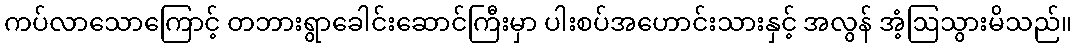
ကပ်လာသောကြောင့် တဘားရွာခေါင်းဆောင်ကြီးမှာ ပါးစပ်အဟောင်းသားနှင့် အလွန် အံ့ဩသွားမိသည်။